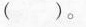
()。